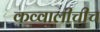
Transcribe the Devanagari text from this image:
कव्वालीचीच